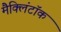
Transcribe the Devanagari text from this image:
मैक्लिंटॉक